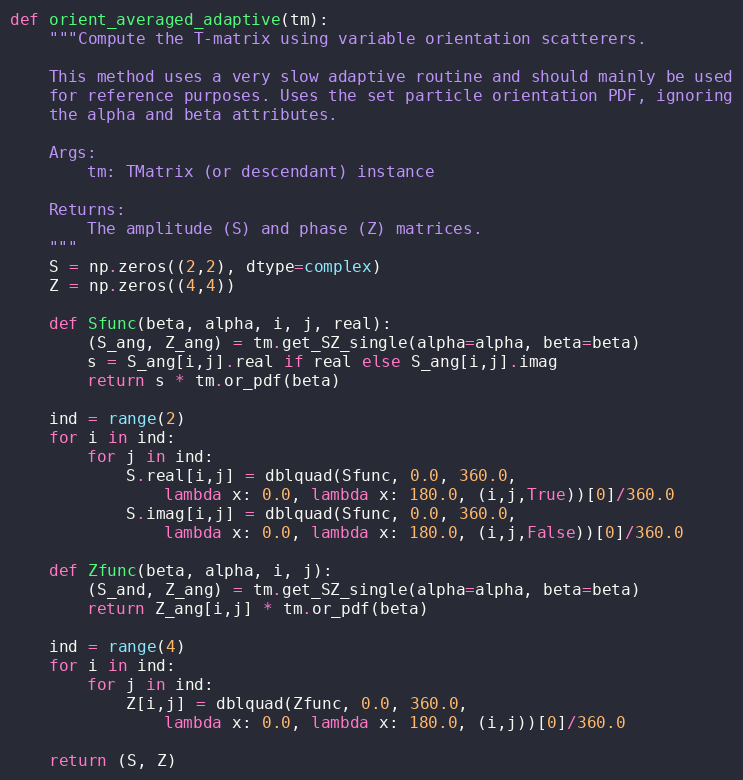
Language: Python
def orient_averaged_adaptive(tm):
    """Compute the T-matrix using variable orientation scatterers.

    This method uses a very slow adaptive routine and should mainly be used
    for reference purposes. Uses the set particle orientation PDF, ignoring
    the alpha and beta attributes.

    Args:
        tm: TMatrix (or descendant) instance

    Returns:
        The amplitude (S) and phase (Z) matrices.
    """
    S = np.zeros((2,2), dtype=complex)
    Z = np.zeros((4,4))

    def Sfunc(beta, alpha, i, j, real):
        (S_ang, Z_ang) = tm.get_SZ_single(alpha=alpha, beta=beta)
        s = S_ang[i,j].real if real else S_ang[i,j].imag
        return s * tm.or_pdf(beta)

    ind = range(2)
    for i in ind:
        for j in ind:
            S.real[i,j] = dblquad(Sfunc, 0.0, 360.0,
                lambda x: 0.0, lambda x: 180.0, (i,j,True))[0]/360.0
            S.imag[i,j] = dblquad(Sfunc, 0.0, 360.0,
                lambda x: 0.0, lambda x: 180.0, (i,j,False))[0]/360.0

    def Zfunc(beta, alpha, i, j):
        (S_and, Z_ang) = tm.get_SZ_single(alpha=alpha, beta=beta)
        return Z_ang[i,j] * tm.or_pdf(beta)

    ind = range(4)
    for i in ind:
        for j in ind:
            Z[i,j] = dblquad(Zfunc, 0.0, 360.0,
                lambda x: 0.0, lambda x: 180.0, (i,j))[0]/360.0

    return (S, Z)